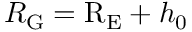
R _ { \mathrm { G } } = \mathrm { R _ { E } } + h _ { 0 }